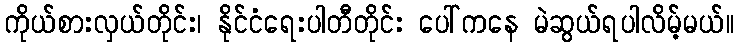
ကိုယ်စားလှယ်တိုင်း၊ နိုင်ငံရေးပါတီတိုင်း ပေါ်ကနေ မဲဆွယ်ရပါလိမ့်မယ်။